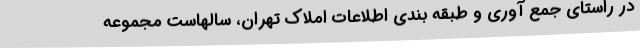
در راستای جمع آوری و طبقه بندی اطلاعات املاک تهران، سالهاست مجموعه